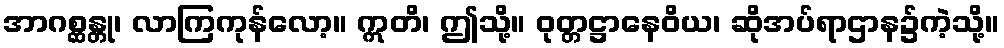
အာဂစ္ဆန္တု၊ လာကြကုန်လော့။ ဣတိ၊ ဤသို့။ ဝုတ္တဋ္ဌာနေဝိယ၊ ဆိုအပ်ရာဌာန၌ကဲ့သို့။